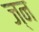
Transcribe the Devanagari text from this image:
ज्न